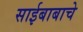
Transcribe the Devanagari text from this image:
साईबाबाचे